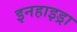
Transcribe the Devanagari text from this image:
इनहाइड्रा